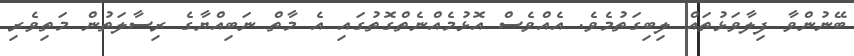
ބޭނުންވާ ފިލާވަޅުތައް ލިބިގަތުމެވެ. އެއްވެސް އޮޅުމެއްނެތްގޮތުގައި އެ މާތް ނަބިއްޔާގެ ރިސާލަތުން މަތިވެރި